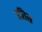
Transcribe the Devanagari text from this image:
उतित